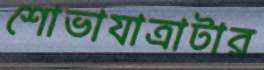
শোভাযাত্রাটার